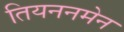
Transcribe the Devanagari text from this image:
तियननमेन